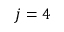
j = 4